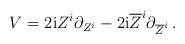
LaTeX: \begin{align*} V=2\mathrm{i}Z^i\partial_{Z^i}-2\mathrm{i}\overline{Z}^i\partial_{\overline{Z}^i}\,.\end{align*}